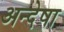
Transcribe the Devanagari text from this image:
अन्देषा